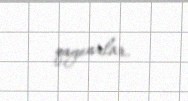
qaynarlar.